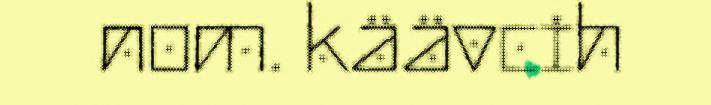
nom. käävcih